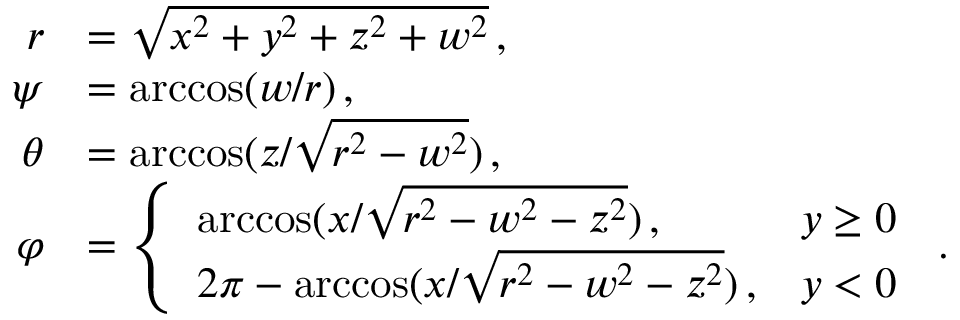
\begin{array} { r l } { r } & { = \sqrt { x ^ { 2 } + y ^ { 2 } + z ^ { 2 } + w ^ { 2 } } \, , } \\ { \psi } & { = \operatorname { a r c c o s } ( w / r ) \, , } \\ { \theta } & { = \operatorname { a r c c o s } ( z / \sqrt { r ^ { 2 } - w ^ { 2 } } ) \, , } \\ { \varphi } & { = \left\{ \begin{array} { l l } { \operatorname { a r c c o s } ( x / \sqrt { r ^ { 2 } - w ^ { 2 } - z ^ { 2 } } ) \, , } & { y \geq 0 } \\ { 2 \pi - \operatorname { a r c c o s } ( x / \sqrt { r ^ { 2 } - w ^ { 2 } - z ^ { 2 } } ) \, , } & { y < 0 } \end{array} \right. \, . } \end{array}